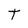
Character: t